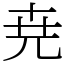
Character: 尭